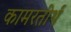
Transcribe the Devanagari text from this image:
कामरतीर्थ